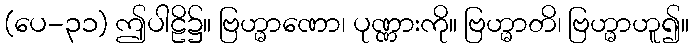
(ပေ-၃၁) ဤပါဠိ၌။ ဗြဟ္မာဏော၊ ပုဏ္ဏားကို။ ဗြဟ္မာတိ၊ ဗြဟ္မာဟူ၍။